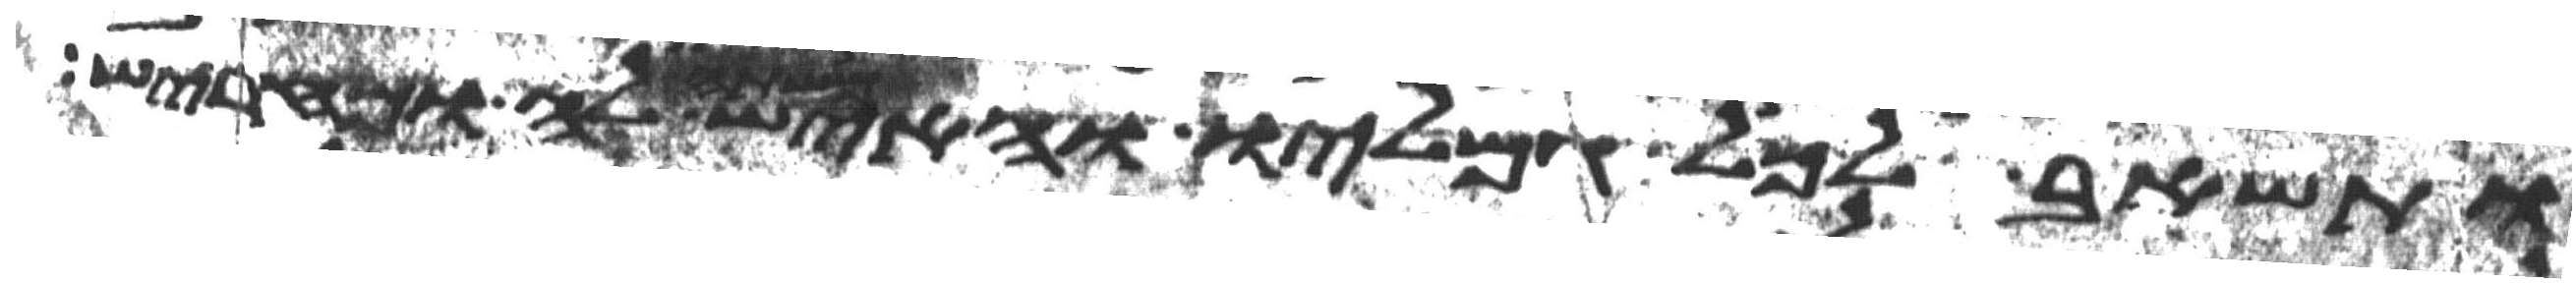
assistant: ותשאב לכל גמליו והאיש משתה לה ומחריש